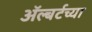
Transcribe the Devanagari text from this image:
ॲल्बर्टच्या